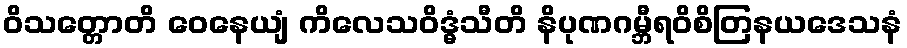
ဝိသတ္တောတိ ဝေနေယျံ ကိလေသဝိဒ္ဓံသီတိ နိပုဏဂမ္ဘီရဝိစိတြနယဒေသနံ